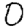
Digit: 0